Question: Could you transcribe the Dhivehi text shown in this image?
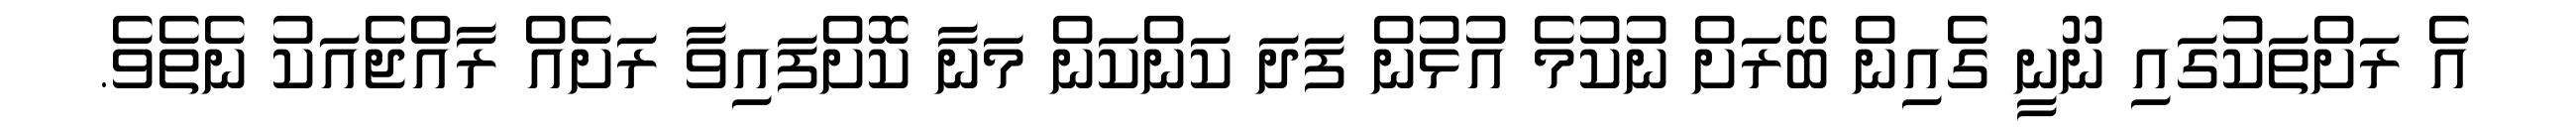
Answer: އެ ރަށްތަކުގައި ނޫނީ ގެއިން ބޭރަށް ނުކުމެ އުޅުން ފަދަ ކަންކަން މަނާ ކޮށްފައިވާ ރަށެއް ރާއްޖެއަކު ނެތެވެ.